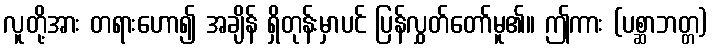
လူတို့အား တရားဟော၍ အချိန် ရှိတုန်းမှာပင် ပြန်လွှတ်တော်မူ၏။ ဤကား (ပစ္ဆာဘတ္တ)